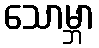
သောမ္ဘာ